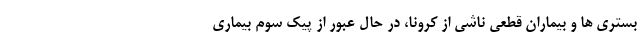
بستری ها و بیماران قطعی ناشی از کرونا، در حال عبور از پیک سوم بیماری